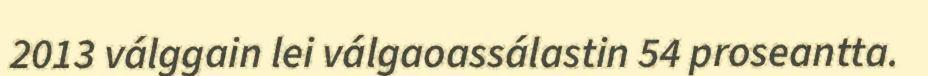
2013 válggain lei válgaoassálastin 54 proseantta.